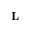
\mathbf { L }